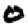
Digit: 0